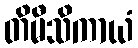
တိမီသိကာယံ